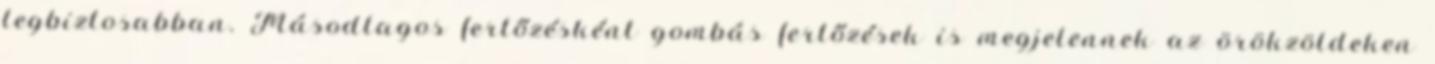
legbiztosabban. Másodlagos fertőzésként gombás fertőzések is megjelennek az örökzöldeken